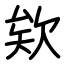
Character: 欸